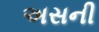
અસની